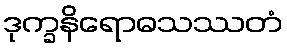
ဒုက္ခနိရောဓသဿတံ